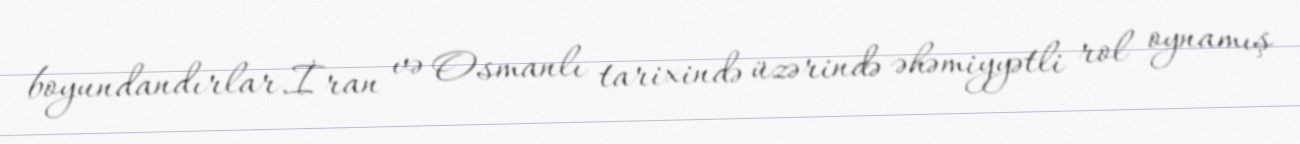
boyundandırlar.İran və Osmanlı tarixində üzərində əhəmiyyətli rol oynamış